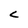
Character: C